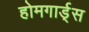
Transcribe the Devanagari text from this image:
होमगार्ड्‌स